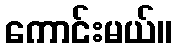
ကောင်းမယ်။